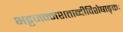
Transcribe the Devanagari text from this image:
भट्टजन्मशताब्दीविशेषाङ्कः